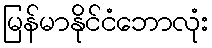
မြန်မာနိုင်ငံဘောလုံး